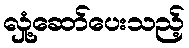
လှုံ့ဆော်ပေးသည့်